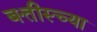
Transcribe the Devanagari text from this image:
बत्तीस्च्या